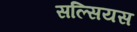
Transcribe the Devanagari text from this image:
सल्सियस